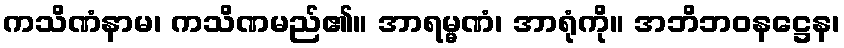
ကသိဏံနာမ၊ ကသိဏမည်၏။ အာရမ္မဏံ၊ အာရုံကို။ အဘိဘဝနဋ္ဌေန၊